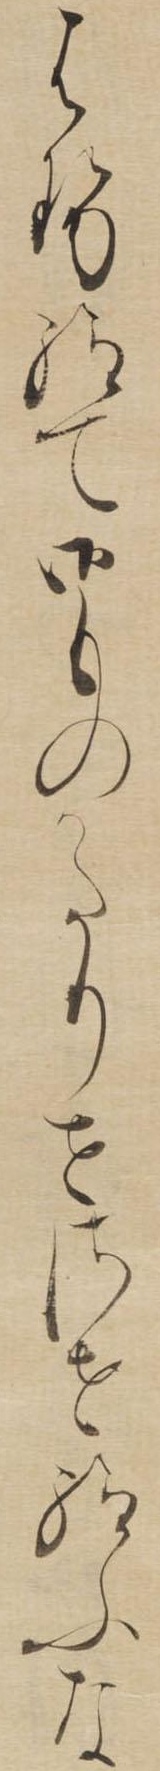
はせ給て御ものかたりせさせ給ふな